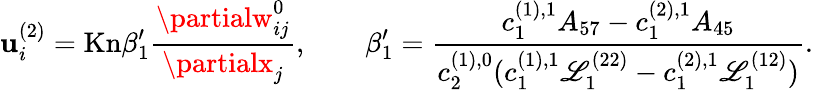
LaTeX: \mathbf{u}_{i}^{(2)}=\mathrm{{Kn}}\beta_{1}^{\prime}\frac{{\partialw_{ij}^{0}}}{{\partialx_{j}}},\qquad\beta_{1}^{\prime}=\frac{{c_{1}^{(1),1}A_{57}-c_{1}^{(2),1}A_{45}}}{{c_{2}^{(1),0}(c_{1}^{(1),1}\mathscr{{L}}_{1}^{(22)}-c_{1}^{(2),1}\mathscr{{L}}_{1}^{(12)})}}.